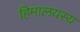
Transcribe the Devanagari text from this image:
हिमालयस्य